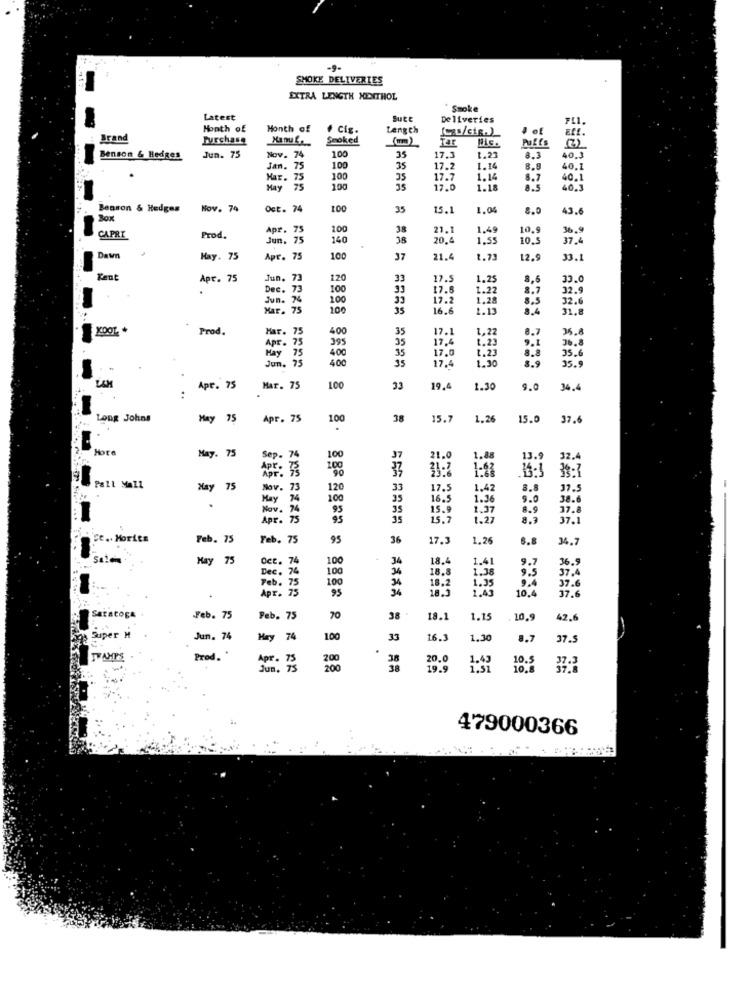
-9-
SMOKE DELIVERIES
EXTRA LENGTH MENTHOL
Smoke
Latest
Sute
Deliveries
FLI.
Month of
Month of
Cis.
Length
[css/cig.)_
Eft.
Brand
Purchase
Smoked
Puffs
100
(3)
Benson & Hedges
Jun. 75
Nov. 74
35
17.3
8.3
40.3
Jan.
75
100
35
17.2
1.14
8.8
40.1
Mar.
75
100
35
17.7
1.14
3.2
40.1
May
100
17.0
1.18
8.5
40.3
Benson & Hedges
Nov. 74
Oct. 74
100
35
15.1
1.04
8.0
43.6
Box
Apr. 75
75
100
38
21.1
1,49
10.
36.9
CAPRI
Prod.
Jun. 75
140
38
20.
1,55
10.5
37.4
Dawn
Hay. 75
Apr. 75
100
37
21.4
1.73
12.9
33.1
Kent
Apt. 75
Jun. 73
120
33
17.5
1.25
4,6
33.0
.
Dec. 73
100
93
17.5
1.22
8.7
32.9
Jun. 74
100
33
17.2
1.28
8.5
32.6
Mar. 75
100
35
16.6
1.13
8.4
31.8
Prod.
Har. 75
400
35
17.1
1,22
8.7
35.8
Apr. 75
395
35
17.4
1.23
36.8
May
75
400
17.0
1.23
9.1
8.8
35.6
Jun. 75
400
35
35
35.9
17.4
8.9
LAM
Apt. 75
Mar. 75
100
33
19.
1.30
9.0
34.
:
Long Johns
May 7
Apr. 75
100
38
15.7
1.26
15.0
37.6
.
HOEe
May. 75
Sep. 74
100
37
21.0
1.88
13.9
32.4
APP . 73
200
Pall Mall
May
Nov. 73
120
33
17.5
1.42
8.8
37.5
May
74
100
35
16.5
1.36
9.0
38.
Nov.
24
95
35
15.9
1.37
37.8
Apr. 75
35
15.7
1.27
37.1
Ce .. Morits
Feb. 75
Feb. 75
95
36
17.3
1.26
8.8
34.7
May 75
Oct. 74
100
.
18.4
1.41
36.9
Dec. 74
100
18.8
1.38
37.4
100
37.6
Feb. 75
API.
95
18.2
18.5
1.35
10.4
37.6
SaraCOga
Feb. 75
Peb. 75
70
38
18.1
1.15
10,9
42.6
Super H
Jun. 74
May 74
100
33
16 .:
1.30
8.7
37.5
TRAMPS
Prod. "
200
20.0
1.43
10.5
Jun.
200
19.9
1.51
10.8
479000366